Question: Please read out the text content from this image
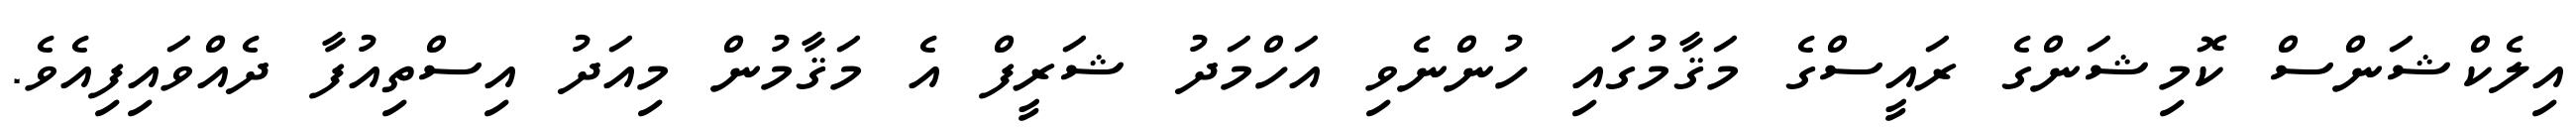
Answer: އިލެކްޝަންސް ކޮމިޝަންގެ ރައީސްގެ މަޤާމުގައި ހުންނެވި އަހްމަދު ޝަރީފް އެ މަޤާމުން މިއަދު އިސްތިއުފާ ދެއްވައިފިއެވެ.